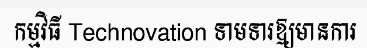
កម្មវិធី Technovation ទាមទារឱ្យមានការ